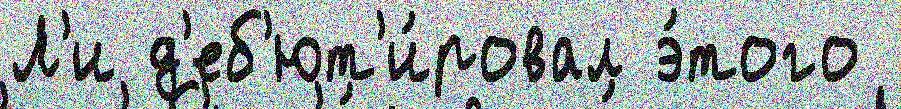
Л'и д'еб'ют'и́ровал э́того